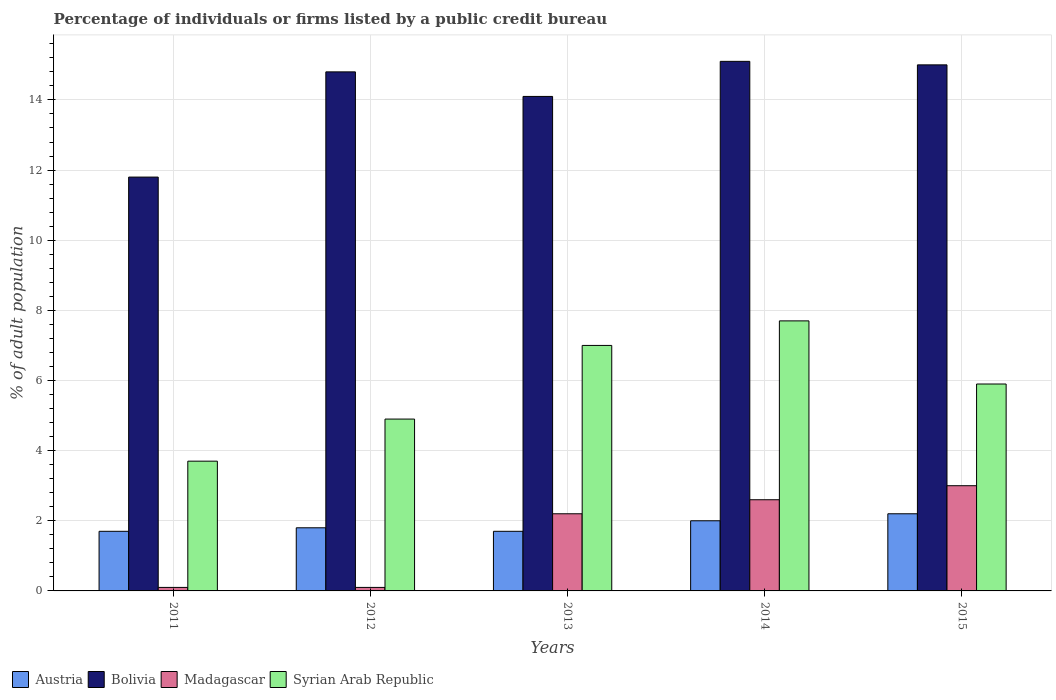
| Years | Austria | Bolivia | Madagascar | Syrian Arab Republic |
 | --- | --- | --- | --- | --- |
 | 2011 | 1.7 | 11.8 | 0.1 | 3.7 |
 | 2012 | 1.8 | 14.8 | 0.1 | 4.9 |
 | 2013 | 1.7 | 14.1 | 2.2 | 7 |
 | 2014 | 2 | 15.1 | 2.6 | 7.7 |
 | 2015 | 2.2 | 15 | 3 | 5.9 |